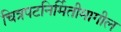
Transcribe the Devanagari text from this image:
चित्रपटनिर्मितीमागील